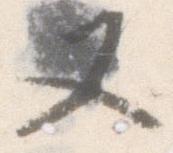
又